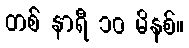
တစ် နာရီ ၁၀ မိနစ်။